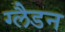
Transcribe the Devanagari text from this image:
ग्लैडन